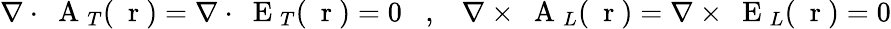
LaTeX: \nabla\cdot\mathrm{~\mathbf~A~}_{T}(\mathrm{~\mathbf~r~})=\nabla\cdot\mathrm{~\mathbf~E~}_{T}(\mathrm{~\mathbf~r~})=0\; \; \; ,\; \; \; \nabla\times\mathrm{~\mathbf~A~}_{L}(\mathrm{~\mathbf~r~})=\nabla\times\mathrm{~\mathbf~E~}_{L}(\mathrm{~\mathbf~r~})=0